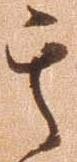
其